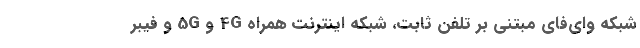
شبکه وای‌فای مبتنی بر تلفن ثابت، شبکه اینترنت همراه 4G و 5G و فیبر